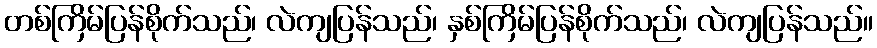
တစ်ကြိမ်ပြန်စိုက်သည်၊ လဲကျပြန်သည်၊ နှစ်ကြိမ်ပြန်စိုက်သည်၊ လဲကျပြန်သည်။